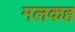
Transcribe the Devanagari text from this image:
मलकह